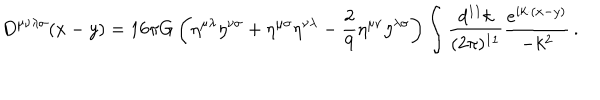
LaTeX: D ^ { \mu \nu \lambda \sigma } ( x - y ) = 1 6 \pi G \left( \eta ^ { \mu \lambda } \eta ^ { \nu \sigma } + \eta ^ { \mu \sigma } \eta ^ { \nu \lambda } - { \frac { 2 } { 9 } } \eta ^ { \mu \nu } \eta ^ { \lambda \sigma } \right) \int { \frac { d ^ { 1 1 } k } { ( 2 \pi ) ^ { 1 1 } } } { \frac { e ^ { i k \cdot ( x - y ) } } { - k ^ { 2 } } } \, .